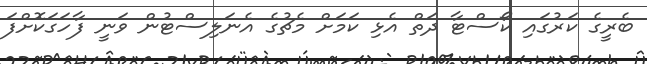
ބެރީގެ ކަރުގައި ކޯސްޓާ ދަތް އެޅި ކަމަށް މެޗުގެ އެނަލިސްޓުން ވަނީ ފާހަގަކޮށްފަ